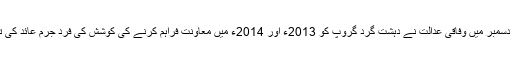
یمن نژاد امریکی شہری مفید الفجیح پر گزشتہ دسمبر میں وفاقی عدالت نے دہشت گرد گروپ کو 2013ء اور 2014ء میں معاونت فراہم کرنے کی کوشش کی فرد جرم عائد کی تھی اور اس نے اپنے جرم کا اعتراف بھی کیا۔